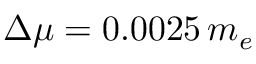
\Delta \mu = 0 . 0 0 2 5 \, m _ { e }